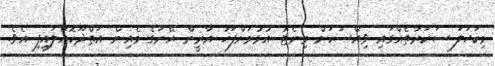
މިކަހަލަ ސަކަރާތެއްގައި ވިއްސަކަށް މިނެޓު އުޅުމަށްފަހު އާރީން އޭނަގެ މެއިން އަތްދޫކޮއްލައިފި އެވެ.